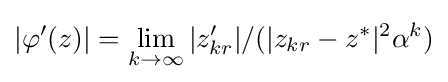
|\varphi '(z)|=\lim _{k\to \infty }|z'_{kr}|/(|z_{kr}-z^{*}|^{2}\alpha ^{k})